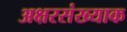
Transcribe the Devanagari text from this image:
अक्षरसंख्याक